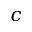
c